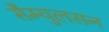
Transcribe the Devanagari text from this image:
सैम्युलसन